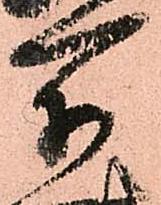
所